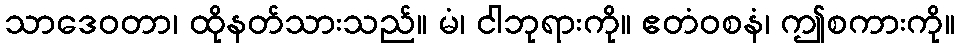
သာဒေဝတာ၊ ထိုနတ်သားသည်။ မံ၊ ငါဘုရားကို။ ဧတံဝစနံ၊ ဤစကားကို။